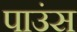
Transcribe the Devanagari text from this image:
पाउंस